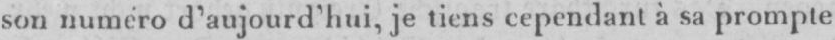
son numéro d’aujourd’hui, je tiens cependant à sa prompte